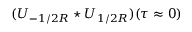
( U _ { - 1 / 2 R } \star U _ { 1 / 2 R } ) ( \tau \approx 0 )